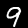
Digit: 9